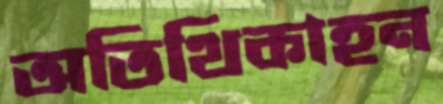
অতিথিকাহন